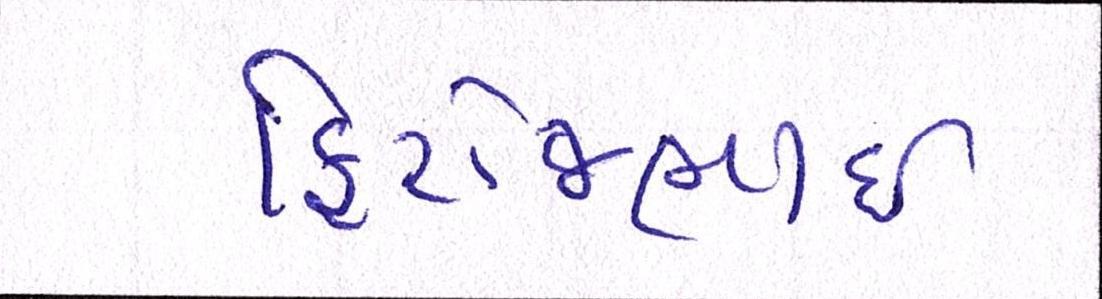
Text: ફિરોજભાઇ